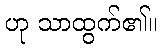
ဟု သာထွက်၏။